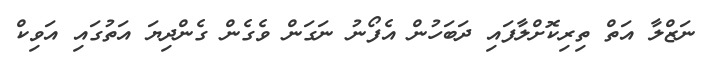
ނަޒްލާ އަތް ތިރިކޮށްލާފައި ދަބަހުން އެފޯނު ނަގަން ވެގެން ގެންދިޔަ އަތުގައި އަވިކް